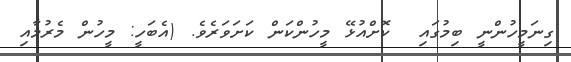
ގިނަމީހުންނީ ބިމުގައި  ކޮށްއުޅޭ މީހުންކަން ކަށަވަރެވެ. (އެބަހީ: މީހުން މެރުމާއި